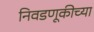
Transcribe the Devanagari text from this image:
निवडणूकीच्या